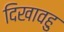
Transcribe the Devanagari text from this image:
दिखावहु